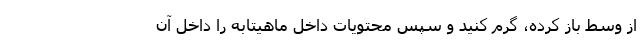
از وسط باز کرده، گرم کنید و سپس محتویات داخل ماهیتابه را داخل آن